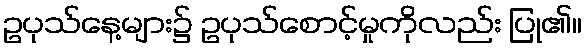
ဥပုသ်နေ့များ၌ ဥပုသ်စောင့်မှုကိုလည်း ပြု၏။